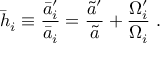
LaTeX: \bar { h } _ { i } \equiv { \frac { \bar { a } _ { i } ^ { \prime } } { \bar { a } _ { i } } } = { \frac { \tilde { a } ^ { \prime } } { \tilde { a } } } + { \frac { \Omega _ { i } ^ { \prime } } { \Omega _ { i } } } \ .